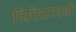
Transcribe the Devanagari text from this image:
तित्तिराएवढी